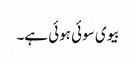
بیوی سوئی ہوئی ہے۔